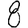
Digit: 8